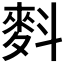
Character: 𪌉